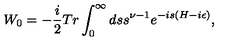
W _ { 0 } = - { \frac { i } { 2 } } T r \int _ { 0 } ^ { \infty } d s s ^ { \nu - 1 } e ^ { - i s ( H - i \epsilon ) } ,